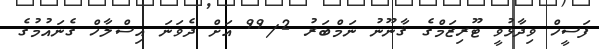
ފަސީހް ވިދާޅުވީ ޓޫރިޒަމްގެ ޤާނޫނު ނަމްބަރު 99/2 އަށް ދެވަނަ އިސްލާހް ގެނައުމުގެ